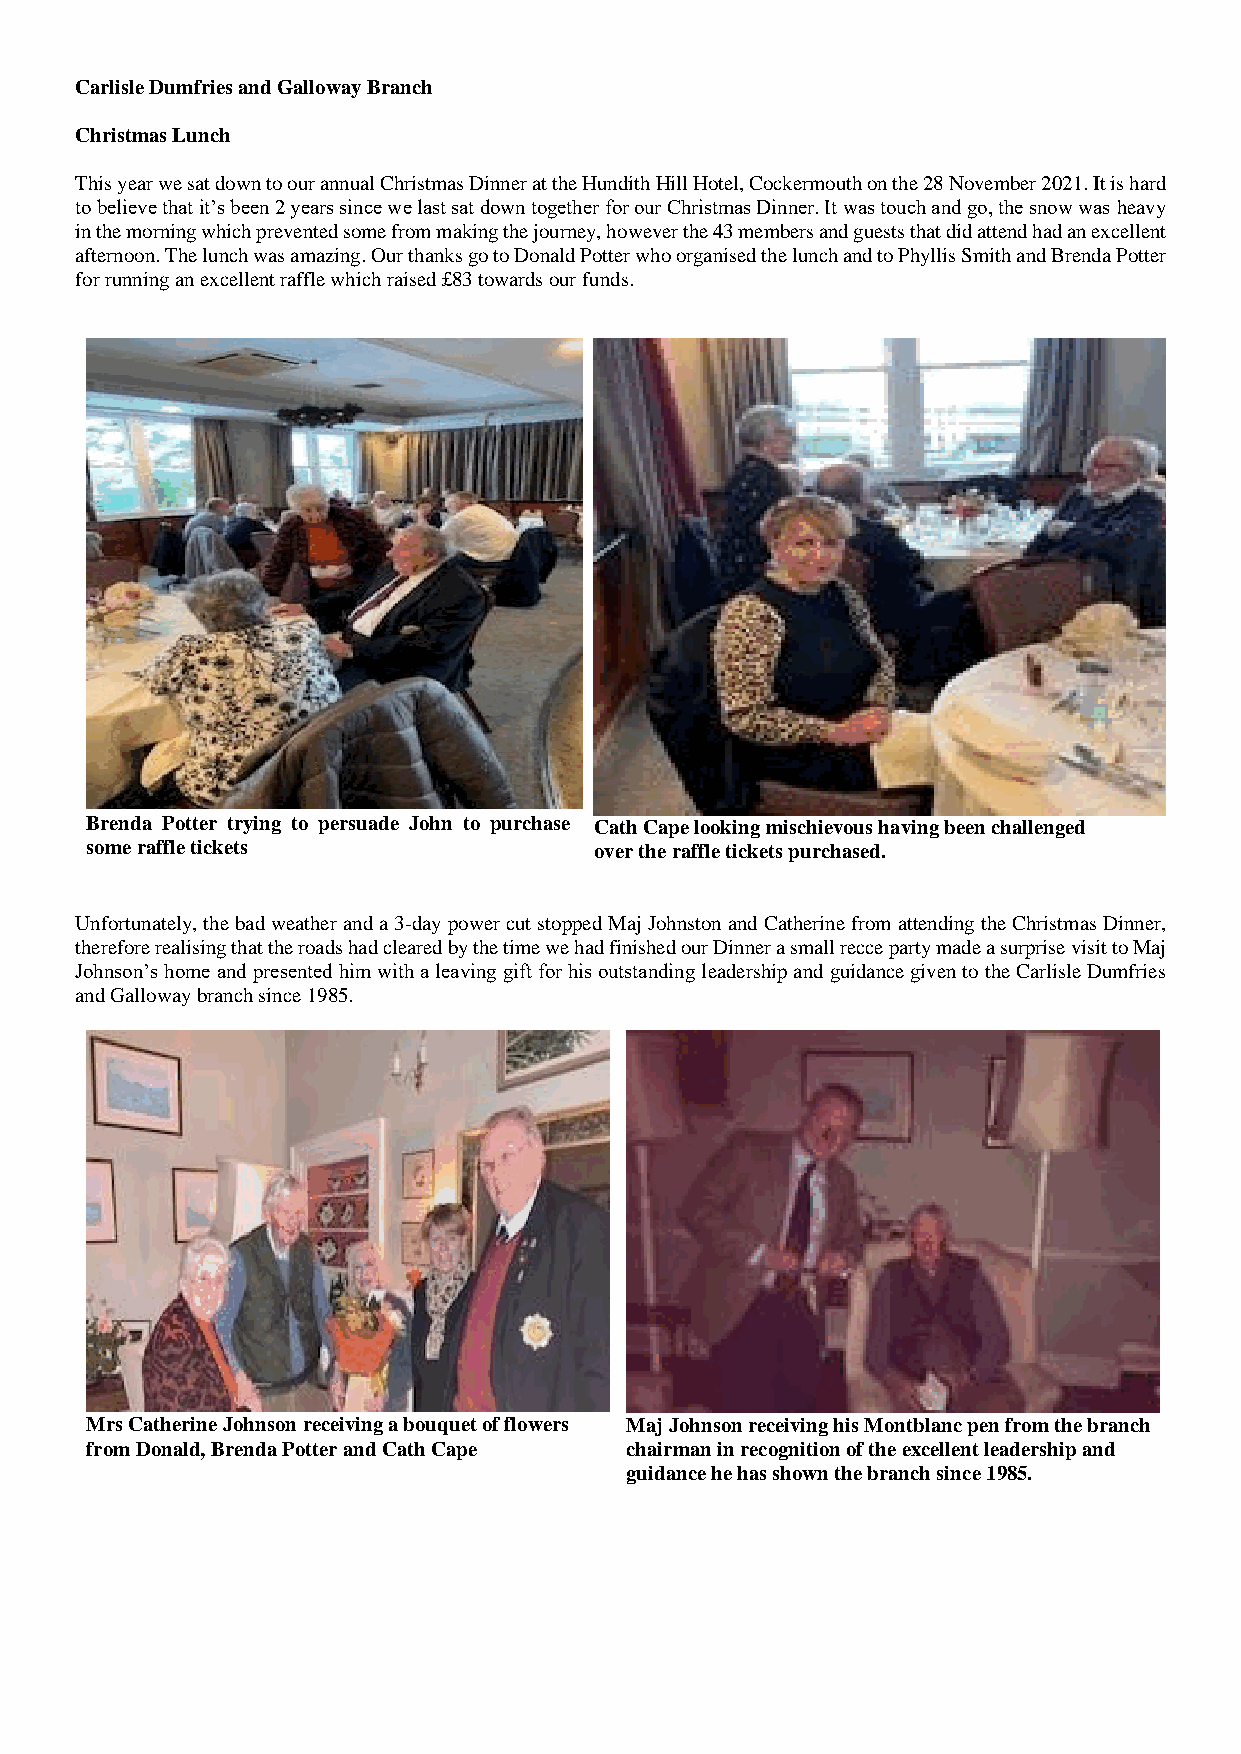
Carlisle Dumfries and Galloway Branch
 Christmas Lunch
 This year we sat down to our annual Christmas Dinner at the Hundith Hill Hotel, Cockermouth on the 28 November 2021. It is hard
 to believe that it’s been 2 years since we last sat down together for our Christmas Dinner. It was touch and go, the snow was heavy
 in the morning which prevented some from making the journey, however the 43 members and guests that did attend had an excellent
 afternoon. The lunch was amazing. Our thanks go to Donald Potter who organised the lunch and to Phyllis Smith and Brenda Potter
 for running an excellent raffle which raised £83 towards our funds.
 Brenda Potter trying to persuade John to purchase Cath Cape looking mischievous having been challenged
 some raffle tickets              over the raffle tickets purchased.
 Unfortunately, the bad weather and a 3-day power cut stopped Maj Johnston and Catherine from attending the Christmas Dinner,
 therefore realising that the roads had cleared by the time we had finished our Dinner a small recce party made a surprise visit to Maj
 Johnson’s home and presented him with a leaving gift for his outstanding leadership and guidance given to the Carlisle Dumfries
 and Galloway branch since 1985.
 Mrs Catherine Johnson receiving a bouquet of flowers Maj Johnson receiving his Montblanc pen from the branch
 from Donald, Brenda Potter and Cath Cape chairman in recognition of the excellent leadership and
 guidance he has shown the branch since 1985.